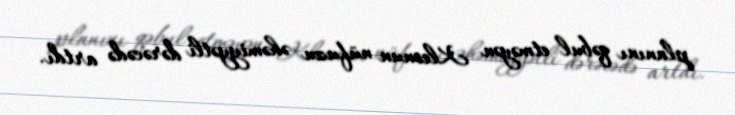
planını qəbul etməyən Kleonun nüfuzu əhəmiyyətli dərəcədə artdı.